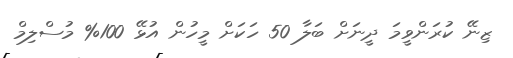
ޒިނޭ ކުރަންވީމަ ދީނަށް ބަލާ 50 ހަކަށް މީހުން އުޅޭ 100% މުސްލިމް